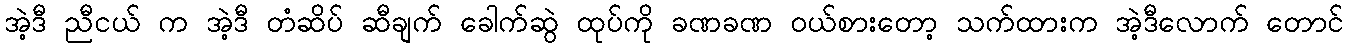
အဲ့ဒီ ညီငယ် က အဲ့ဒီ တံဆိပ် ဆီချက် ခေါက်ဆွဲ ထုပ်ကို ခဏခဏ ဝယ်စားတော့ သက်ထားက အဲ့ဒီလောက် တောင်